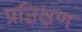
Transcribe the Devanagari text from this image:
प्रज्ञिक्षण